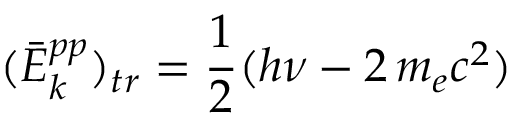
( { \bar { E } } _ { k } ^ { p p } ) _ { t r } = { \frac { 1 } { 2 } } ( h \nu - 2 \, m _ { e } c ^ { 2 } )